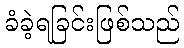
ခံခဲ့ရခြင်းဖြစ်သည်